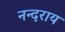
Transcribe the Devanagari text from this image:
नन्दराय